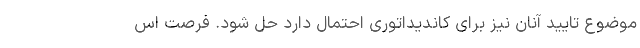
موضوع تایید آنان نیز برای کاندیداتوری احتمال دارد حل شود. فرصت اس